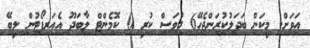
އަވަށް. މިކަން ބަދަލުކުރަންޖެހޭ6 ދުވަސް ކުރި 0 ކޮމެންޓް ލާބަދޫ އެއަރޕޯޓުން ލިބޭ